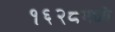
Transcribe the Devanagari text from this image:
१६२८मध्ये